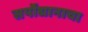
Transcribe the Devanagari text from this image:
सर्पोद्यानाचा